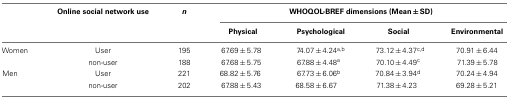
<table><thead><tr><td></td><td><b>Online social network use</b></td><td><b><i>n</i></b></td><td colspan="4"><b>WHOQOL-BREF dimensions (Mean ± SD)</b></td></tr><tr><td></td><td></td><td></td><td><b>Physical</b></td><td><b>Psychological</b></td><td><b>Social</b></td><td><b>Environmental</b></td></tr></thead><tbody><tr><td>Women</td><td>User</td><td>195</td><td>67.69 ± 5.78</td><td>74.07 ± 4.24<sup>a</sup><sup>,</sup><sup>b</sup></td><td>73.12 ± 4.37<sup>c</sup><sup>,</sup><sup>d</sup></td><td>70.91 ± 6.44</td></tr><tr><td></td><td>non-user</td><td>188</td><td>67.68 ± 5.75</td><td>67.88 ± 4.48<sup>a</sup></td><td>70.10 ± 4.49<sup>c</sup></td><td>71.39 ± 5.78</td></tr><tr><td>Men</td><td>User</td><td>221</td><td>68.82 ± 5.76</td><td>67.73 ± 6.06<sup>b</sup></td><td>70.84 ± 3.94<sup>d</sup></td><td>70.24 ± 4.94</td></tr><tr><td></td><td>non-user</td><td>202</td><td>67.88 ± 5.43</td><td>68.58 ± 6.67</td><td>71.38 ± 4.23</td><td>69.28 ± 5.21</td></tr></tbody></table>